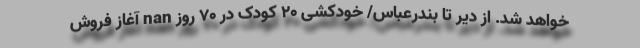
خواهد شد. از دیر تا بندرعباس/ خودکشی 20 کودک در 70 روز nan آغاز فروش